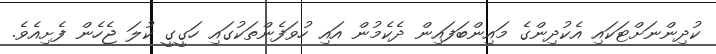
ކުދިންނަށްޓަކައި އެކުދިންގެ މައިންބަފައިން ދެކެމުން އައި ހުވަފެންތަކުގައި ހަގީގީ ކުލަ ޖެހެން ފެށިއެވެ.